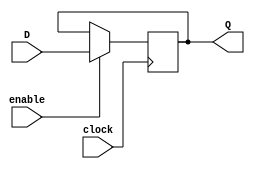
module Gated_D_latch_flipflop(
    input wire D,
    input wire enable,
    input wire clock,
    output reg Q
);

reg internal_data;

always @(posedge clock) begin
    if(enable) begin
        internal_data <= D;
    end
end

assign Q = internal_data;

endmodule